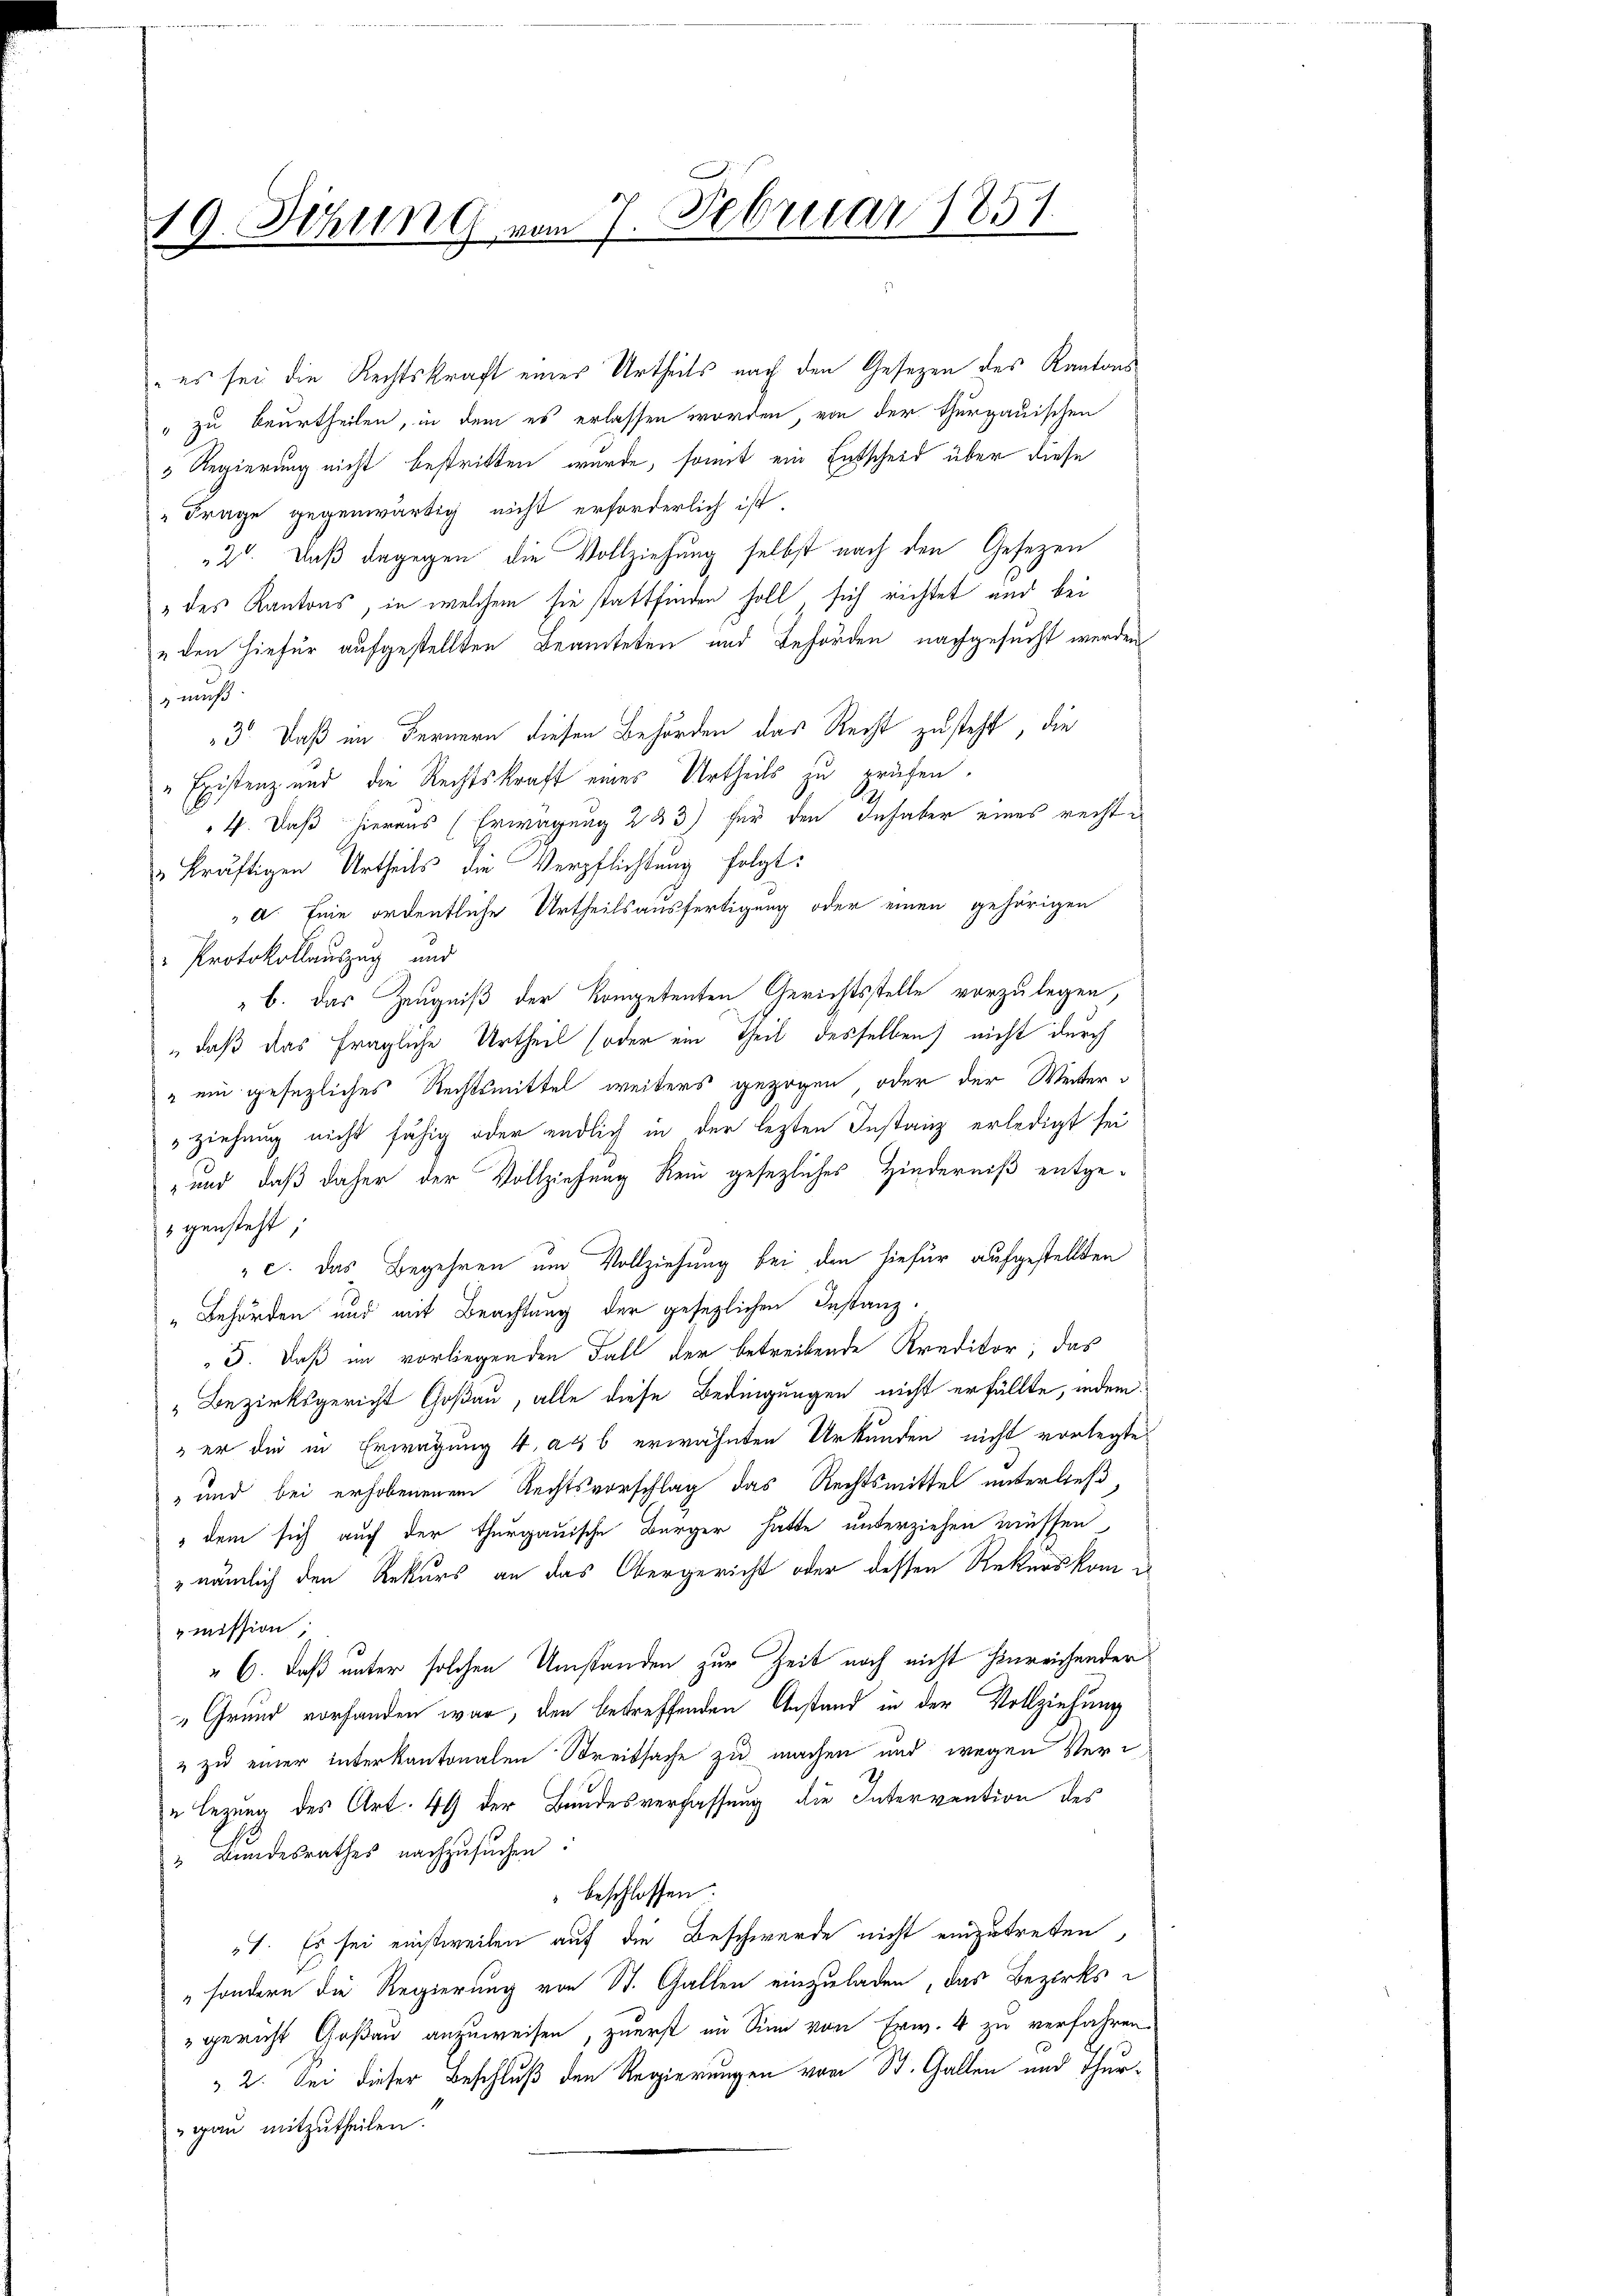
19. Jehung vom 7. Februar 1851.

es sei die Rechtskraft eines Urtheils nach den Gesetzen des Kantons
" zu beurtheilen, in dem es erlassen worden von der Thurgauischen
s Regierung nicht bestritten wurde, somit ein Entscheid über diese
" Frage gegenwärtig nicht erforderlich ist.
2. Daß dagegen die Vollziehung selbst nach den Gesezen
" des Kantons, in welchem sie stattfinden soll sich richtet und bei
u den hiefür aufgestellten Beamteten und Behörden nachgesucht werden
 muß
3. Daß im Fernern diesen Behörden das Recht zusteht, die
Existenz und die Rechtskraft eines Urtheils zu prüfen.
4. Daß hieraus (Erwägung 223) für den Inhaber eines recht¬
" kräftigen Urtheils die Verpflichtung folgt:
a. Eine ordentliche Urtheilsausfertigung oder einen gehörigen
" Protokollauszug und
" b. das Zeugniß der Kompetenten Gerichtsstelle vorzulegen,
" daß das fragliche Urtheil (oder ein Theil desselben nicht durch
" ein gesezliches Rechtsmittel weiters gezogen oder der Weiter
ziehung nicht fähig oder endlich in der lezten Instanz erledigt sei
und daß daher der Vollziehung kein gesezliches Hinderniß entge-
gensteht;
" c. das Begehren um Vollziehung bei den hiefür aufgestellten
" Behörden und mit Beachtung der gesezlichen Instanz.
5. Daß im vorliegenden Fall der betreibende Kreditor, das
" Bezirksgericht Goßau, alle diese Bedingungen nicht erfällte, indem
 er die in Erwägung 4. ad 6 erwähnten Urkunden nicht vorlegte
und bei erhobenenen Rechtsvorschlag das Rechtsmittel unterließ,
 dem sich auch der thurgauische Bürger hatte unterziehen müssen
"nämlich den Rekurs an das Obergericht oder dessen Rekurskommission,
" 6. Daß unter solchen Umstanden zur Zeit noch nicht hinreichender
Grund vorhanden war, den betreffenden Anstand in der Vollziehung
& zu einer interkantonalen Streitsache zu machen und wegen Ver¬
u legung des Art. 49 der Bundesverfassung die Intervention des
" Bundesrathes nachzusuchen.
" beschlossen:
I. Es sei einstweilen auf die Beschwerde nicht einzutreten,
sondern die Regierung von St. Gallen einzuladen, das Bezirksgericht Goßau anzuweisen, zuerst im Sinn von Erw. 4 zu verfahren.
 2. Bei dieser Beschluß den Regierungen vom St. Gallen und Thurgau mitzutheilen.